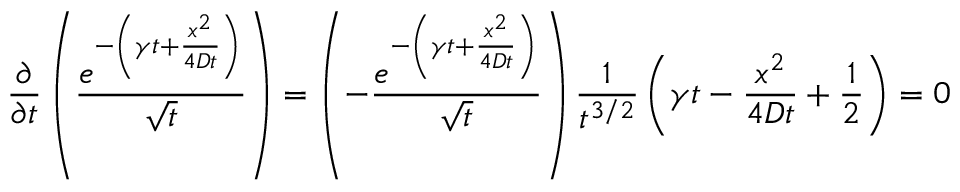
\frac { \partial } { \partial t } \left( \frac { e ^ { - \left( \gamma t + \frac { x ^ { 2 } } { 4 D t } \right) } } { \sqrt { t } } \right) = \left( - \frac { e ^ { - \left( \gamma t + \frac { x ^ { 2 } } { 4 D t } \right) } } { \sqrt { t } } \right) \frac { 1 } { t ^ { 3 / 2 } } \left( \gamma t - \frac { x ^ { 2 } } { 4 D t } + \frac { 1 } { 2 } \right) = 0